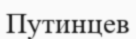
Путинцев